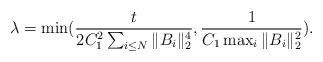
LaTeX: \begin{align*}\lambda=\min(\frac{t}{2C_{1}^{2}\sum_{i\le N}\Vert B_{i}\Vert_{2}^{4}}, \frac{1}{C_{1}\max_{i}\Vert B_{i}\Vert_{2}^{2}}).\end{align*}